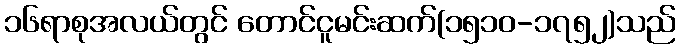
၁၆ရာစုအလယ်တွင် တောင်ငူမင်းဆက်(၁၅၁၀-၁၇၅၂)သည်